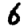
Digit: 6